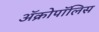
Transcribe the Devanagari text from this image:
ॲक्रोपॉलिस